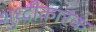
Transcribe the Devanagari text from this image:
शुध्दीकारक